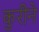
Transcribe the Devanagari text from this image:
कुरीने